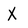
Character: X